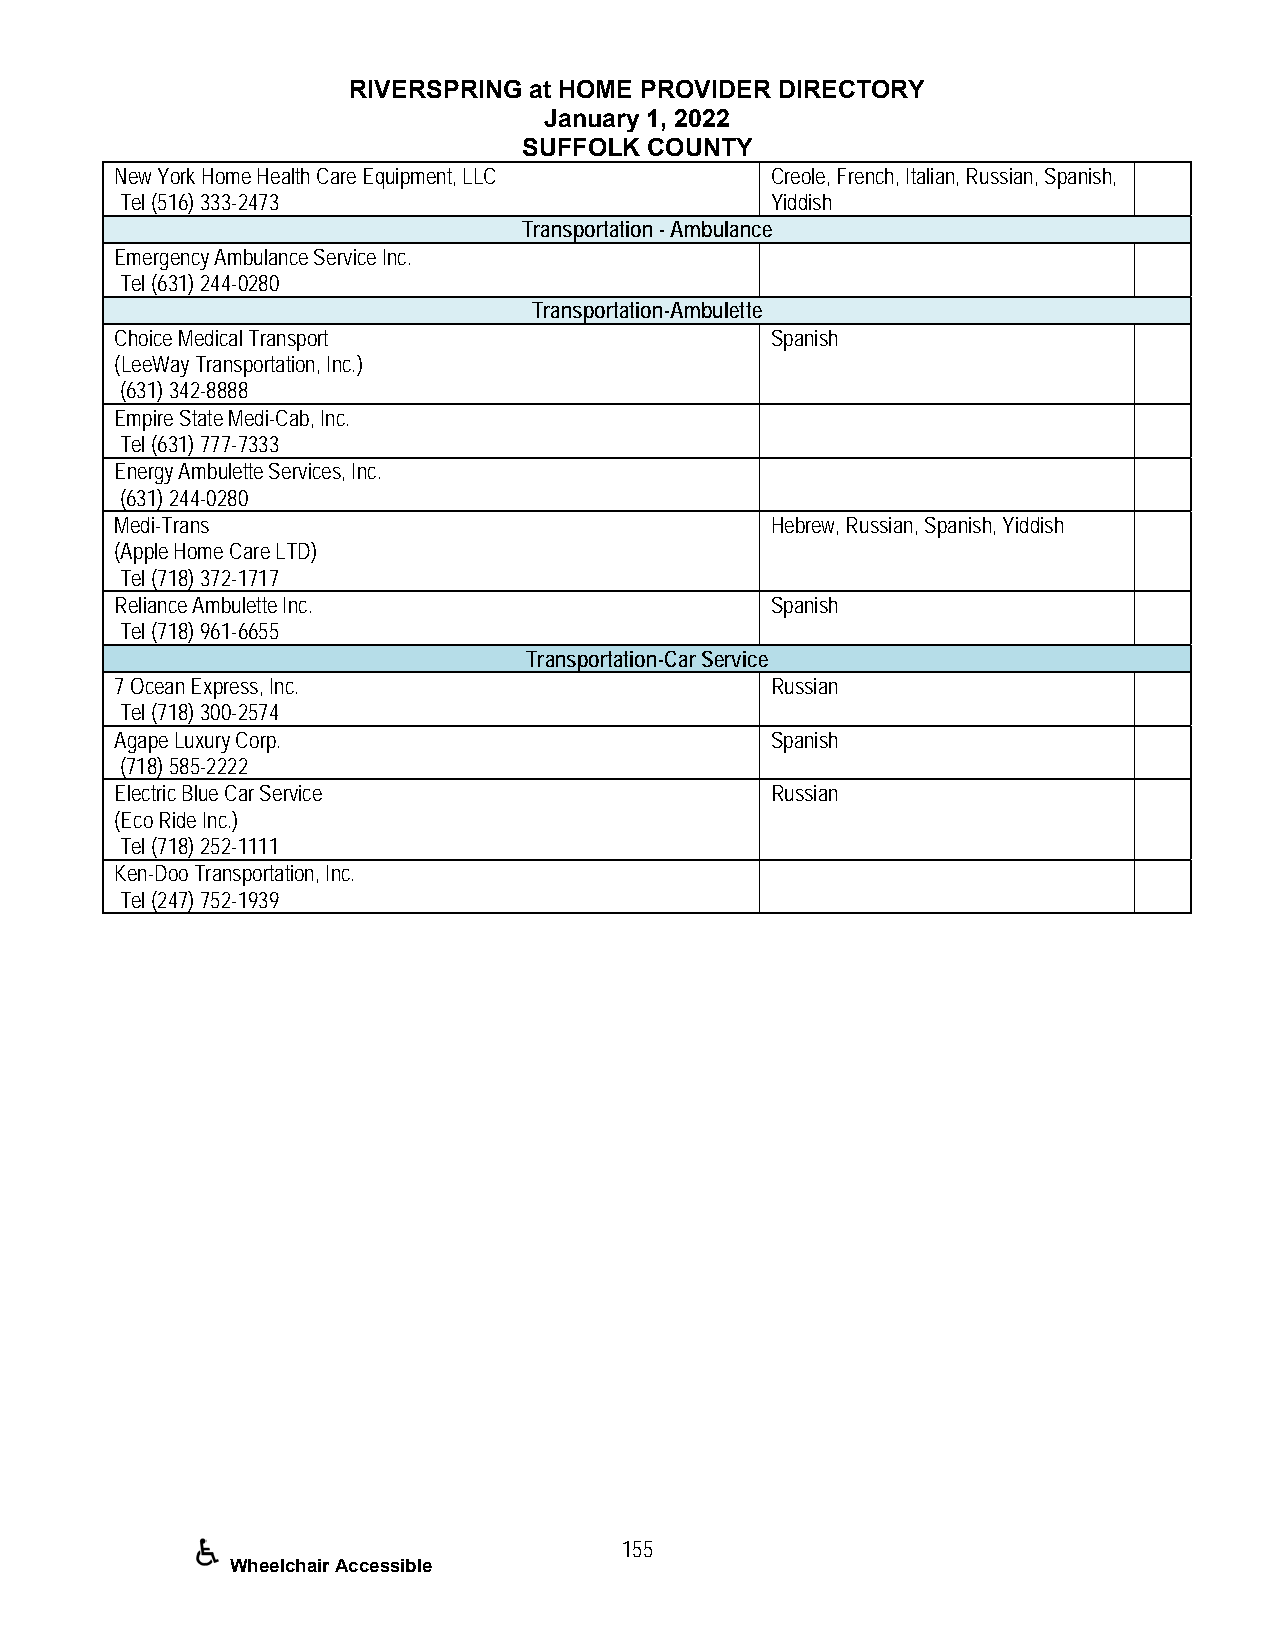
RIVERSPRING at HOME PROVIDER DIRECTORY
 January 1, 2022
 SUFFOLK COUNTY
 New York Home Health Care Equipment, LLC   Creole, French, Italian, Russian, Spanish,
 Tel (516) 333-2473                         Yiddish
 Transportation - Ambulance
 Emergency Ambulance Service Inc.
 Tel (631) 244-0280
 Transportation-Ambulette
 Choice Medical Transport                   Spanish
 (LeeWay Transportation, Inc.)
 (631) 342-8888
 Empire State Medi-Cab, Inc.
 Tel (631) 777-7333
 Energy Ambulette Services, Inc.
 (631) 244-0280
 Medi-Trans                                 Hebrew, Russian, Spanish, Yiddish
 (Apple Home Care LTD)
 Tel (718) 372-1717
 Reliance Ambulette Inc.                    Spanish
 Tel (718) 961-6655
 Transportation-Car Service
 7 Ocean Express, Inc.                      Russian
 Tel (718) 300-2574
 Agape Luxury Corp.                         Spanish
 (718) 585-2222
 Electric Blue Car Service                  Russian
 (Eco Ride Inc.)
 Tel (718) 252-1111
 Ken-Doo Transportation, Inc.
 Tel (247) 752-1939
 155
 Wheelchair Accessible